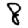
Digit: 8